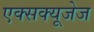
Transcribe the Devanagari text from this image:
एक्सक्यूजेज